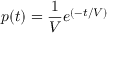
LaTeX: p ( t ) = { \frac { 1 } { V } } e ^ { ( - t / V ) }